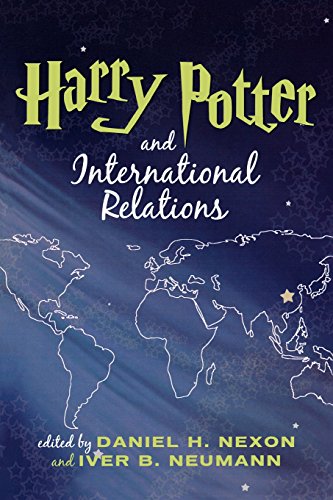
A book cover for Harry Potter and International Relations; Science Fiction & Fantasy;